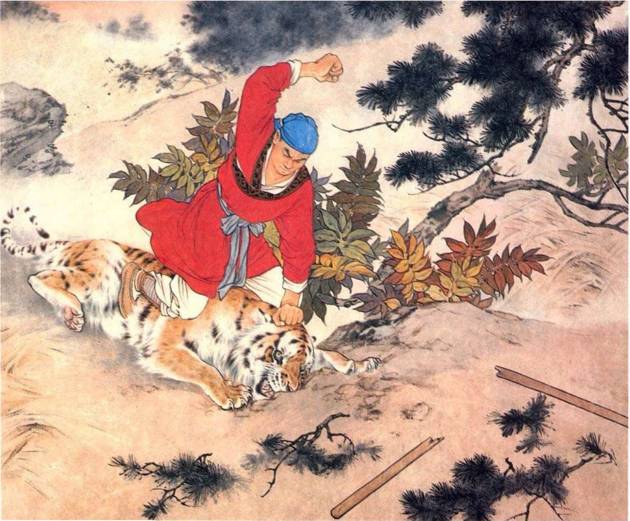
望天王降诏，早招安，心方足。